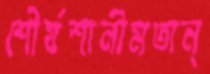
শৌর্যশালীমতান্